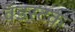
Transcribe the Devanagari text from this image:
वॅडस्टक